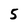
Character: 5